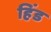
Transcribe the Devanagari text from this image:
हिंड